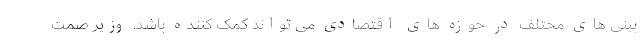
بینی های مختلف در حوزه های اقتصادی می تواند کمک کننده باشد. وزیر صمت